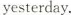
yesterday.